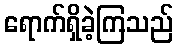
ရောက်ရှိခဲ့ကြသည်